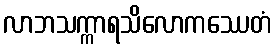
လာဘသက္ကာရသိလောကဿေတံ